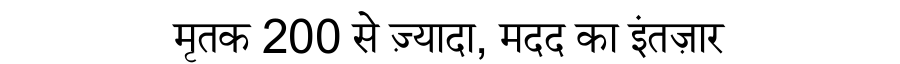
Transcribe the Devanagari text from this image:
मृतक 200 से ज़्यादा, मदद का इंतज़ार